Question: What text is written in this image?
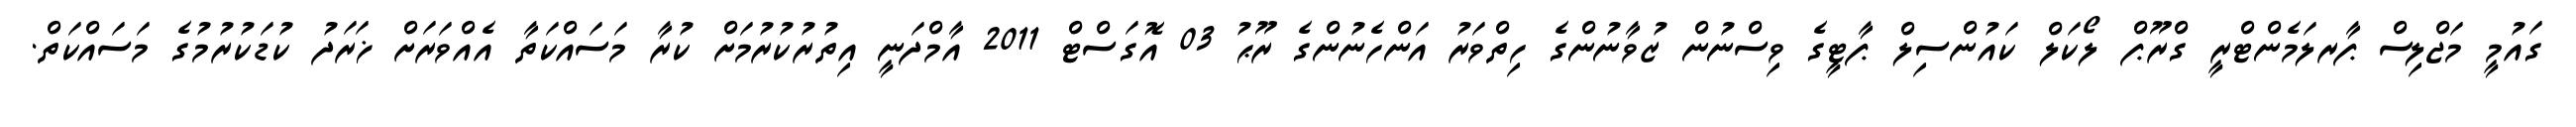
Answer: ގައުމީ މަޖްލިސް ޕާރލަމެންޓްރީ ގްރޫޕް ލޯކަލް ކައުންސިލް ޕާޓީގެ ވިސްނުން ޒުވާނުންގެ ހިތްވަރު އަންހެނުންގެ ރޫޙު 03 އޮގަސްޓް 2011 އާމްދަނީ އިތުރުކުރުމަށް ކުރާ މަސައްކަތާ އެއްވަރަށް ޚަރަދު ކުޑަކުރުމުގެ މަސައްކަތް.